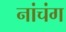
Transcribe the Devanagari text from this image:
नांचंग